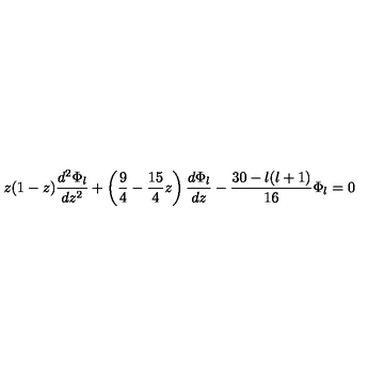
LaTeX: z ( 1 - z ) \frac { d ^ { 2 } \Phi _ { { l } } } { d z ^ { 2 } } + \left( \frac 9 4 - \frac { 1 5 } { 4 } z \right) \frac { d \Phi _ { { l } } } { d z } - \frac { 3 0 - l ( l + 1 ) } { 1 6 } \Phi _ { { l } } = 0